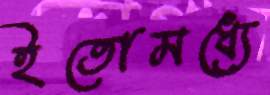
ইতোমধ্যে